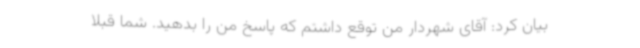
بیان کرد: آقای شهردار من توقع داشتم که پاسخ من را بدهید. شما قبلا